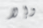
وإلا